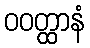
ဝဝတ္ထာနံ